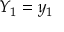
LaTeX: Y _ { 1 } = y _ { 1 }